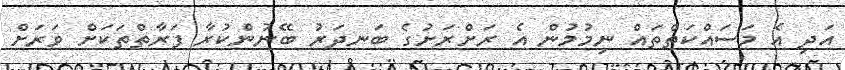
އަދި އެ މަސައްކަތްތައް ނިމުމުން އެ ރަށްރަށުގެ ބަނދަރު ބޭނުންކުރާ ފަރާތްތަކަށް ވަރަށް